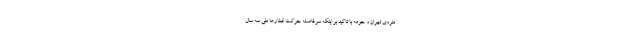
متروی تهران و حومه با تاکید بر اینکه سرفاصله حرکت قطارها طی سه سال